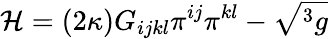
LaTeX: {\cal H}=\left(2\kappa\right)G_{ijkl}\pi^{ij}\pi^{kl}-\sqrt{^{3}g}